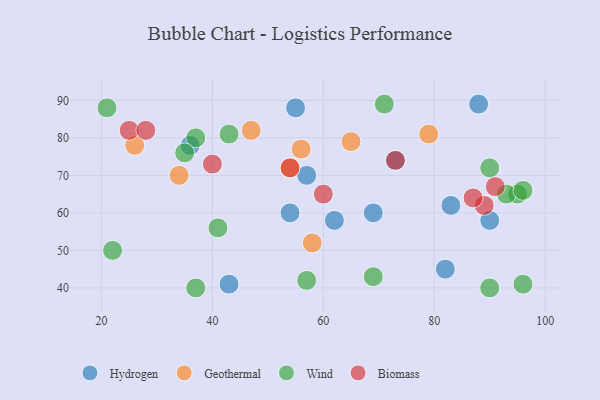
{"axis": {"x": "GDP", "y": "Life Expectancy"}, "legend": ["Biomass", "Geothermal", "Hydrogen", "Wind"], "data": [{"x": "82", "y": 45, "type": "Hydrogen"}, {"x": "43", "y": 41, "type": "Hydrogen"}, {"x": "88", "y": 89, "type": "Hydrogen"}, {"x": "36", "y": 78, "type": "Hydrogen"}, {"x": "54", "y": 60, "type": "Hydrogen"}, {"x": "57", "y": 70, "type": "Hydrogen"}, {"x": "62", "y": 58, "type": "Hydrogen"}, {"x": "83", "y": 62, "type": "Hydrogen"}, {"x": "69", "y": 60, "type": "Hydrogen"}, {"x": "73", "y": 74, "type": "Hydrogen"}, {"x": "90", "y": 58, "type": "Hydrogen"}, {"x": "55", "y": 88, "type": "Hydrogen"}, {"x": "56", "y": 77, "type": "Geothermal"}, {"x": "65", "y": 79, "type": "Geothermal"}, {"x": "79", "y": 81, "type": "Geothermal"}, {"x": "47", "y": 82, "type": "Geothermal"}, {"x": "58", "y": 52, "type": "Geothermal"}, {"x": "54", "y": 72, "type": "Geothermal"}, {"x": "34", "y": 70, "type": "Geothermal"}, {"x": "26", "y": 78, "type": "Geothermal"}, {"x": "95", "y": 65, "type": "Wind"}, {"x": "96", "y": 41, "type": "Wind"}, {"x": "37", "y": 80, "type": "Wind"}, {"x": "90", "y": 72, "type": "Wind"}, {"x": "71", "y": 89, "type": "Wind"}, {"x": "22", "y": 50, "type": "Wind"}, {"x": "90", "y": 40, "type": "Wind"}, {"x": "41", "y": 56, "type": "Wind"}, {"x": "69", "y": 43, "type": "Wind"}, {"x": "57", "y": 42, "type": "Wind"}, {"x": "43", "y": 81, "type": "Wind"}, {"x": "35", "y": 76, "type": "Wind"}, {"x": "93", "y": 65, "type": "Wind"}, {"x": "21", "y": 88, "type": "Wind"}, {"x": "37", "y": 40, "type": "Wind"}, {"x": "96", "y": 66, "type": "Wind"}, {"x": "91", "y": 67, "type": "Biomass"}, {"x": "25", "y": 82, "type": "Biomass"}, {"x": "40", "y": 73, "type": "Biomass"}, {"x": "73", "y": 74, "type": "Biomass"}, {"x": "28", "y": 82, "type": "Biomass"}, {"x": "89", "y": 62, "type": "Biomass"}, {"x": "87", "y": 64, "type": "Biomass"}, {"x": "54", "y": 72, "type": "Biomass"}, {"x": "60", "y": 65, "type": "Biomass"}]}